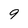
Character: 9